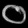
Digit: ၀